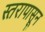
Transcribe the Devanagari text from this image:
स्तरापासून